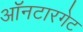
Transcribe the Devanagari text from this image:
ऑनटारगेट